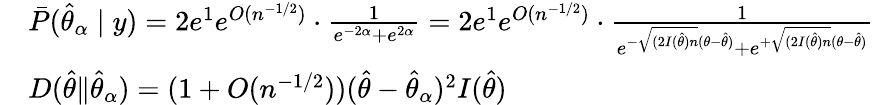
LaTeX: \begin{array}{rl}&{\bar{P}(\hat{\theta}_{\alpha}\mid y)=2e^{1}e^{O(n^{-1/2})}\cdot\frac{1}{e^{-2\alpha}+e^{2\alpha}}=2e^{1}e^{O(n^{-1/2})}\cdot\frac{1}{e^{-\sqrt{(2I(\hat{\theta})n}(\theta-\hat{\theta})}+e^{+\sqrt{(2I(\hat{\theta})n}(\theta-\hat{\theta})}}}\\ &{D(\hat{\theta}\| \hat{\theta}_{\alpha})=(1+O(n^{-1/2}))(\hat{\theta}-\hat{\theta}_{\alpha})^{2}I(\hat{\theta})}\end{array}